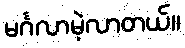
မင်္ဂလာမဲ့လာတယ်။